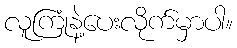
လူကြုံနဲ့ပေးလိုက်မှာပါ။